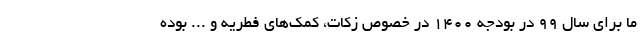
ما برای سال ۹۹ در بودجه ۱۴۰۰ در خصوص زکات، کمک‌های فطریه و ... بوده